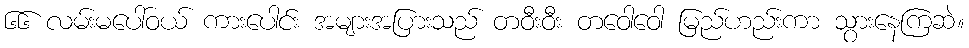
၆၆ လမ်းမပေါ်ဝယ် ကားပေါင်း အများအပြားသည် တဝီးဝီး တဝေါဝေါ မြည်ဟည်းကာ သွားနေကြဆဲ။